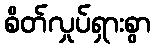
စိတ်လှုပ်ရှားစွာ